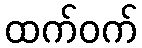
ထက်ဝက်